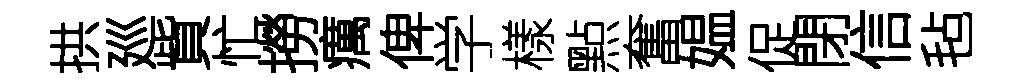
拱廵貲忙撈癘俾学樣㸃奮媪促閉信毡